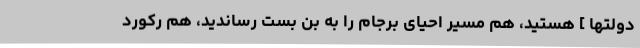
دولتها ] هستید، هم مسیر احیای برجام را به بن بست رساندید، هم رکورد